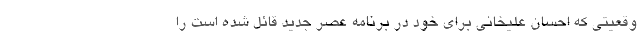
وقعیتی که احسان علیخانی برای خود در برنامه عصر جدید قائل شده است را